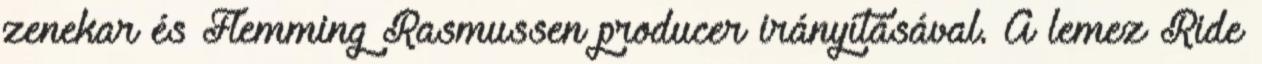
zenekar és Flemming Rasmussen producer irányításával. A lemez Ride